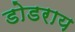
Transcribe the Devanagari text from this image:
डोडराय